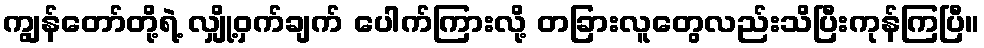
ကျွန်တော်တို့ရဲ့ လျှို့ဝှက်ချက် ပေါက်ကြားလို့ တခြားလူတွေလည်းသိပြီးကုန်ကြပြီ။